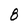
Character: 8